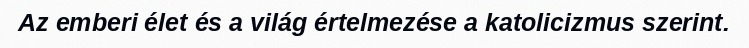
Az emberi élet és a világ értelmezése a katolicizmus szerint.